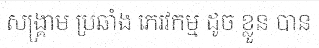
សង្គ្រាម ប្រឆាំង ភេរវកម្ម ដូច ខ្លួន បាន